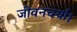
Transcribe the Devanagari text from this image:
जीवनचर्या।